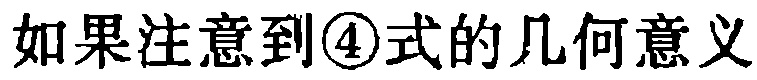
如果注意到\textcircled{4}式的几何意义